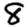
Digit: 8